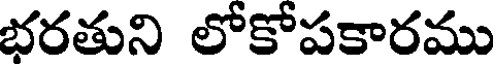
భరతుని లోకోపకారము